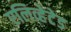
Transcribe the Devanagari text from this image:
एलिव्हेटेड